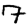
Digit: 7